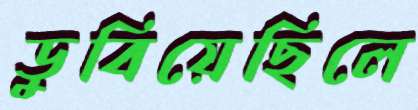
ডুবিয়েছিলে